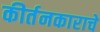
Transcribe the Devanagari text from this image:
कीर्तनकाराचे